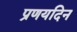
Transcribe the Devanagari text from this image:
प्रणयदिन